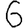
Digit: 6